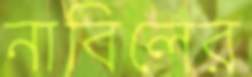
নাবিলের